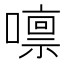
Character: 𡀀